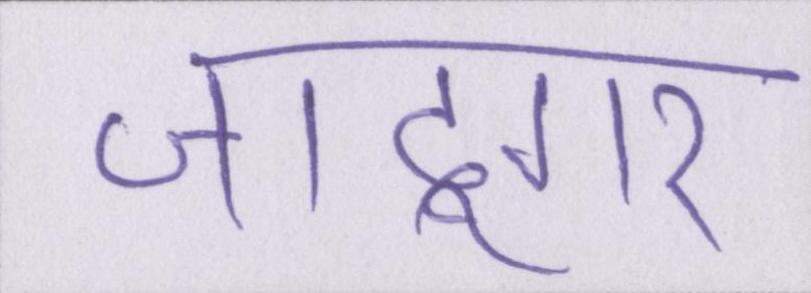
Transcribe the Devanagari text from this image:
जादूगर